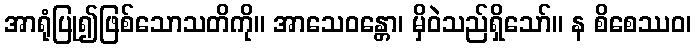
အာရုံပြု၍ဖြစ်သောသတိကို။ အာသေဝန္တော၊ မှိဝဲသည်ရှိသော်။ န စိစေဿဝ၊